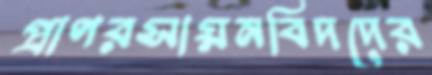
প্রাণরসায়নবিদদের